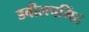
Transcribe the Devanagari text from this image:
डवीलपमिंट